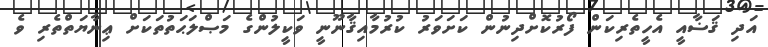
އަދި ޤަޟާއީ އެހީތެރިކަން ފޯރުކޮށްދިނުން ކަށަވަރު ކުރުމާއިޤާނޫނީ ވަކީލުންގެ މަޞްލަޙަތުތަކަށް ޢިނާޔަތްތެރި ވެ